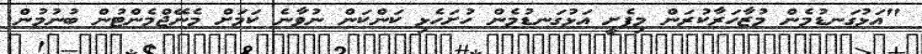
"އަޅުގަނޑުމެން މުޒާހަރާކުރަން މިފެށީ އަޅުގަނޑުމެން ހުށަހެޅި ކަންކަން ނުވާނެ ކަމަށް މެނޭޖްމެންޓުން ބުނުމުން.